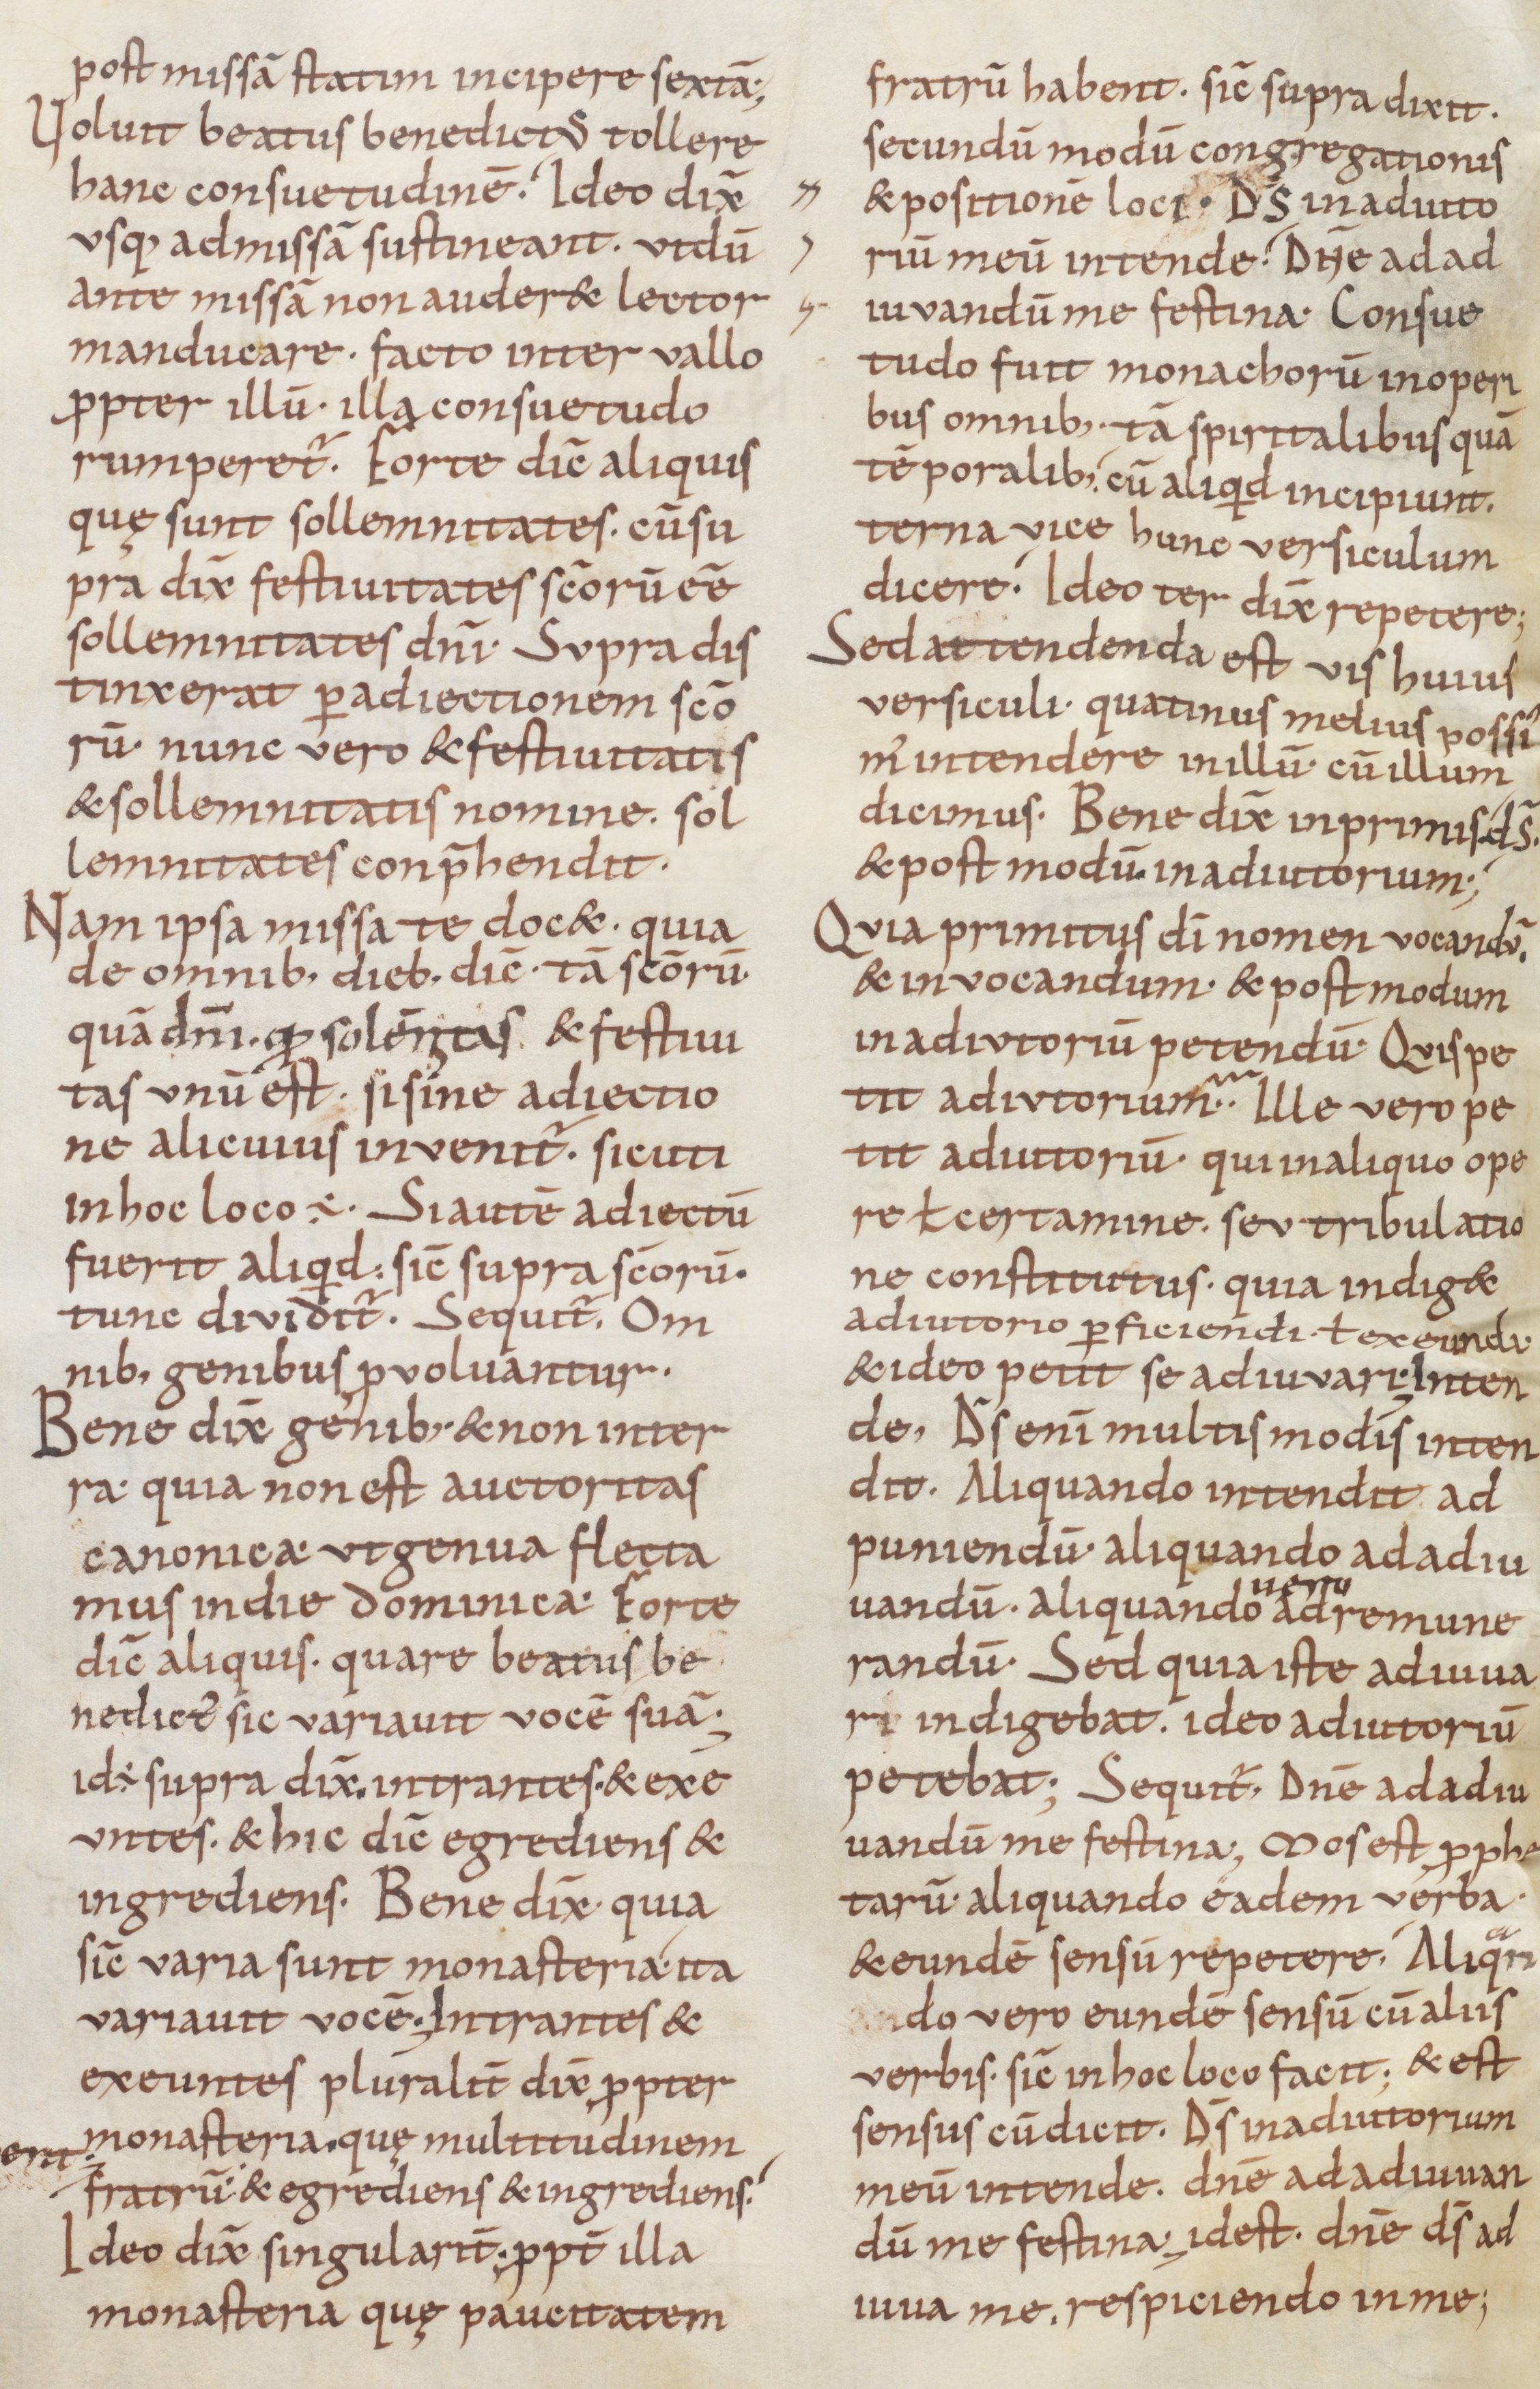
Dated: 800–999